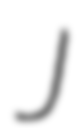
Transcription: J